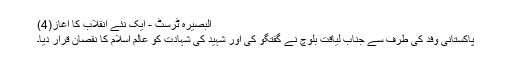
البصیرہ ٹرسٹ - ایک نئے انقلاب کا آغاز(4)
پاکستانی وفد کی طرف سے جناب لیاقت بلوچ نے گفتگو کی اور شہید کی شہادت کو عالم اسلام کا نقصان قرار دیا۔